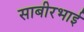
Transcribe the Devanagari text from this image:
साबीरभाई